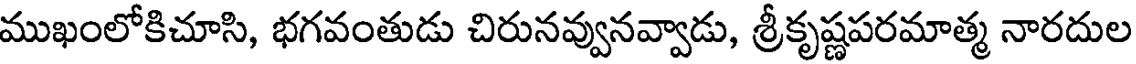
ముఖంలోకిచూసి, భగవంతుడు చిరునవ్వునవ్వాడు, శ్రీకృష్ణపరమాత్మ నారదుల